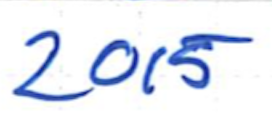
Text: 2015
Cross-out: clean
Writing tool: ballpoint